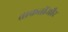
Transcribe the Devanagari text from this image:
ताकतोंऔर